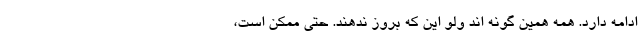
ادامه دارد. همه همین گونه اند ولو این که بروز ندهند. حتی ممکن است،